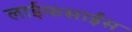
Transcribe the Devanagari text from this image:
लाईफसाईंस